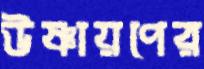
উষ্ণায়ণের